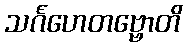
သင်္ဂဟေတဗ္ဗောတိ